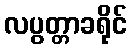
လပွတ္တာခရိုင်